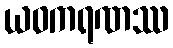
ယဝကရဏဿ